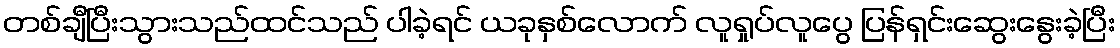
တစ်ချီပြီးသွားသည်ထင်သည် ပါခဲ့ရင် ယခုနှစ်လောက် လူရှုပ်လူပွေ ပြန်ရှင်းဆွေးနွေးခဲ့ပြီး